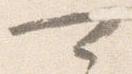
可